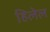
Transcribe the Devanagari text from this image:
हिलेल